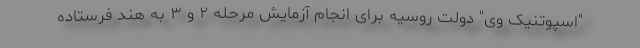
"اسپوتنیک وی" دولت روسیه برای انجام آزمایش مرحله ۲ و ۳ به هند فرستاده